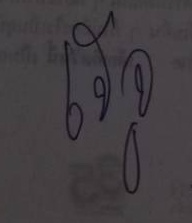
เจ้จู